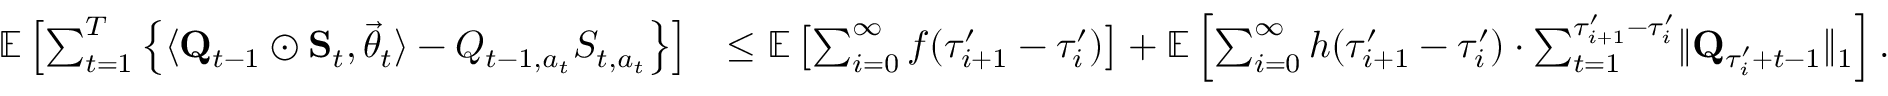
\begin{array} { r l } { \mathbb E \left[ \sum _ { t = 1 } ^ { T } \left\{ \langle \mathbf Q _ { t - 1 } \odot \mathbf S _ { t } , \vec { \theta } _ { t } \rangle - Q _ { t - 1 , a _ { t } } S _ { t , a _ { t } } \right\} \right] } & { \le \mathbb E \left[ \sum _ { i = 0 } ^ { \infty } f ( \tau _ { i + 1 } ^ { \prime } - \tau _ { i } ^ { \prime } ) \right] + \mathbb E \left[ \sum _ { i = 0 } ^ { \infty } h ( \tau _ { i + 1 } ^ { \prime } - \tau _ { i } ^ { \prime } ) \cdot \sum _ { t = 1 } ^ { \tau _ { i + 1 } ^ { \prime } - \tau _ { i } ^ { \prime } } \lVert \mathbf Q _ { \tau _ { i } ^ { \prime } + t - 1 } \rVert _ { 1 } \right] . } \end{array}